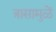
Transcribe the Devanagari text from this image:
त्रासामुळें